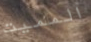
المميت